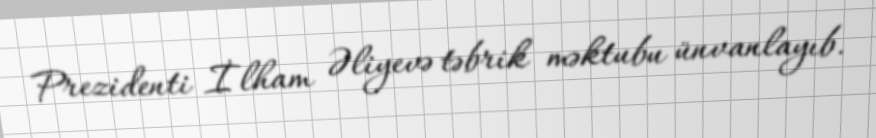
Prezidenti İlham Əliyevə təbrik məktubu ünvanlayıb.